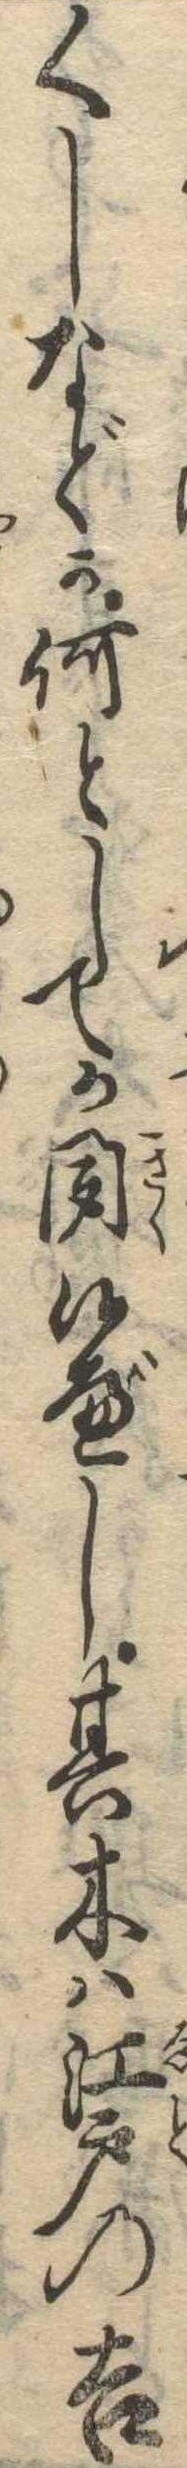
くしなどか何としてか聞候べし其木は江戸の吉